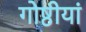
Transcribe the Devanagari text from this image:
गोष्ठीयां